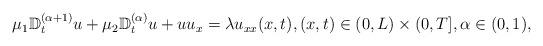
LaTeX: \begin{align*}\begin{array}{ll}\mu_1\mathbb{D}_{t}^{(\alpha+1)}u+\mu_2\mathbb{D}_{t}^{(\alpha)}u+uu_x=\lambda u_{xx}(x,t), (x,t)\in (0,L)\times (0,T],\alpha\in (0, 1),\end{array}\end{align*}